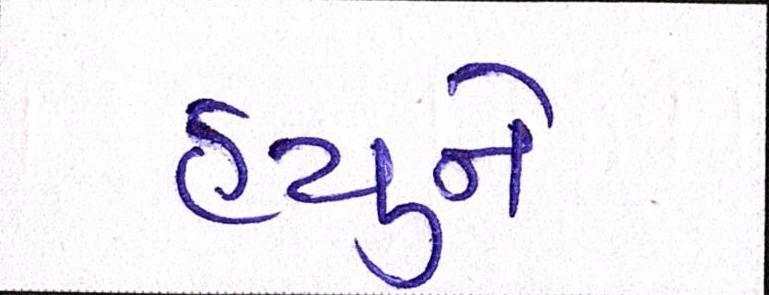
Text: હ્યુને